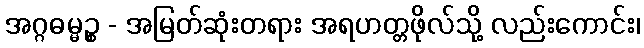
အဂ္ဂဓမ္မဉ္စ - အမြတ်ဆုံးတရား အရဟတ္တဖိုလ်သို့ လည်းကောင်း၊